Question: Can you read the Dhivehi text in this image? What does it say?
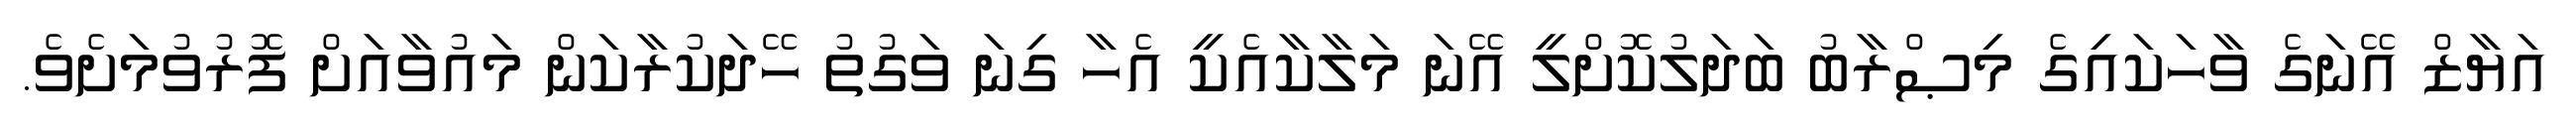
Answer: އަޔާޒް އޭނަގެ ވާހަކައިގެ މިޞްރާބު ބަދަލުކޮށްލީ އޭނަ މަލާކާއެކީ އެހާ ގިނަ ވަގުތު ހޭދަކުރާކަން މައުވާއަށް ފޮރުވުމަށެވެ.